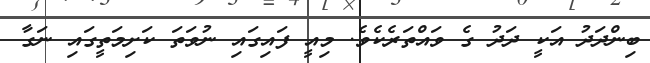
ބިންދަދު އަކީ ދަދު ގެ ވައްތަރެކެވެ. މިއީ ފައިގައި ނުވަތަ ކަށިމަތީގައި ނަގާ